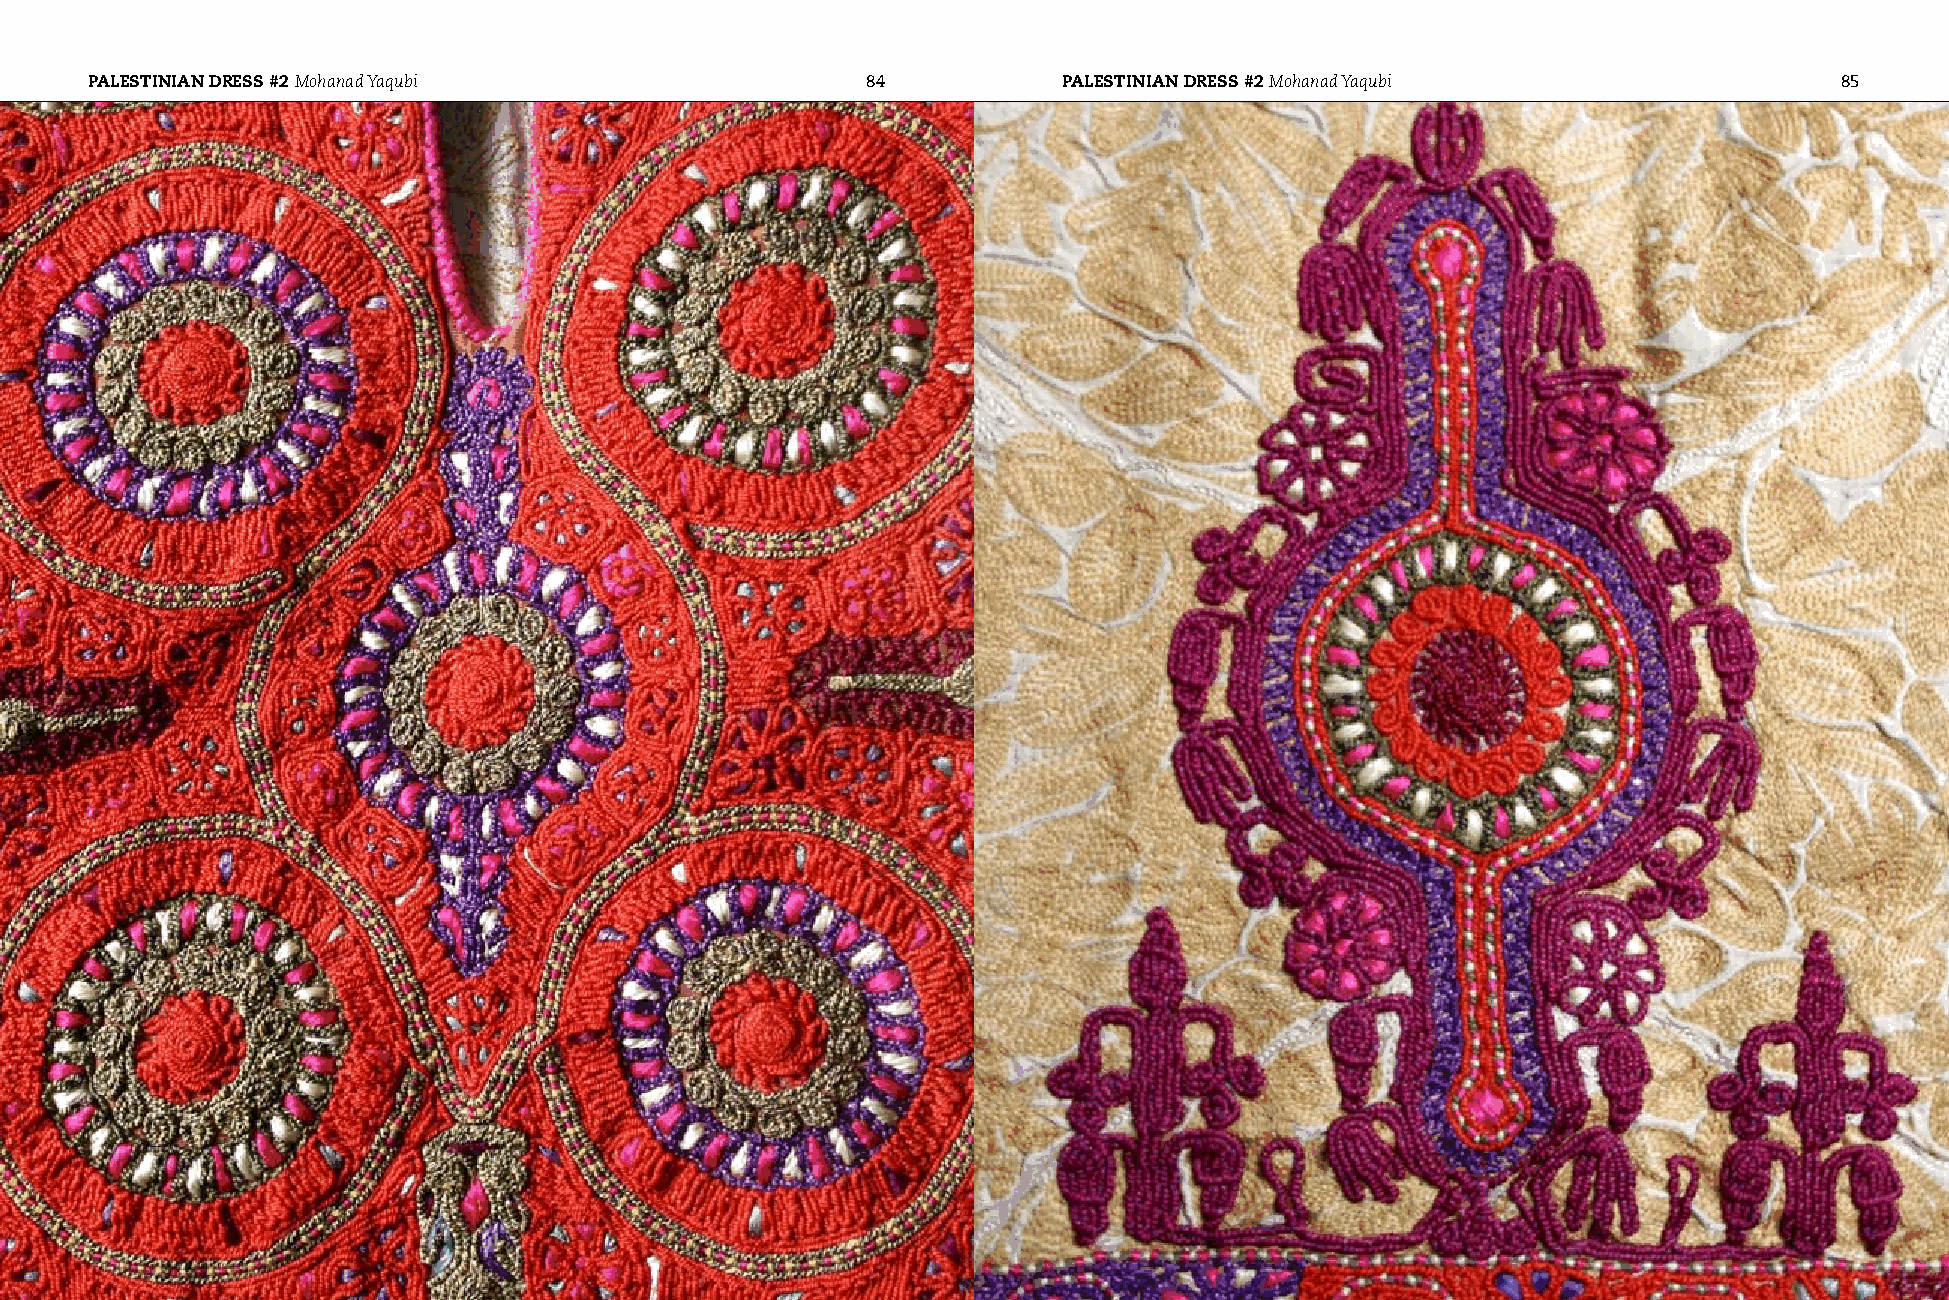
PAlESTINIAN dRESS #2 Mohanad Yaqubi                84           PAlESTINIAN dRESS #2 Mohanad Yaqubi                 85